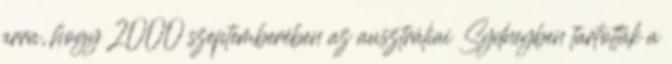
arra, hogy 2000 szeptemberében az ausztráliai Sydneyben tartották a